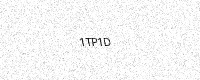
Text: 1TP1D